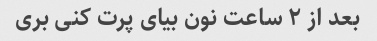
بعد از ۲ ساعت نون بیای پرت کنی بری